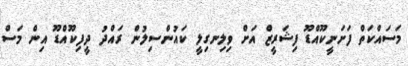
މަސައްކަތް ފަށަނީކޫއްޑޫ ފިޝަރީޒް އަށް ވިލިނގިލީ ކައުންސިލުން ރައްދު ދީފިކޫއްޑޫ އިން މަސް